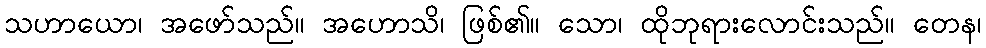
သဟာယော၊ အဖော်သည်။ အဟောသိ၊ ဖြစ်၏။ သော၊ ထိုဘုရားလောင်းသည်။ တေန၊